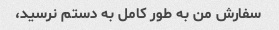
سفارش من به طور کامل به دستم نرسید،